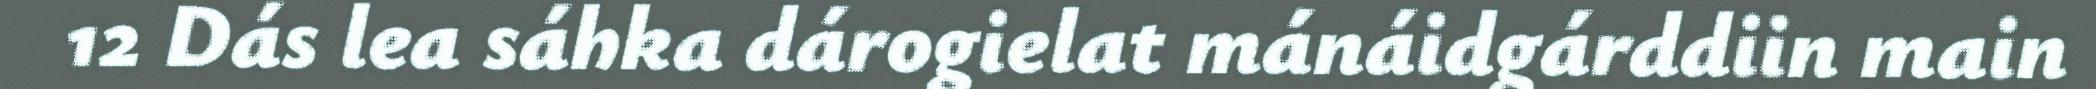
12 Dás lea sáhka dárogielat mánáidgárddiin main